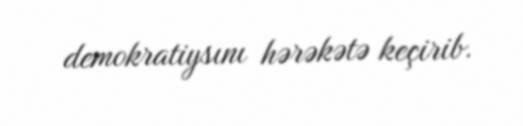
demokratiysını hərəkətə keçirib.